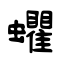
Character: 蠷